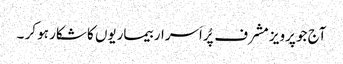
آج جو پرویز مشرف پُراَسرار بیماریوں کا شکار ہو کر ۔